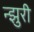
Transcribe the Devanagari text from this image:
न्झुरी